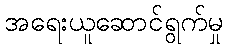
အရေးယူဆောင်ရွက်မှု